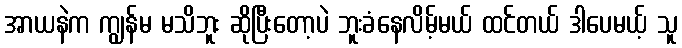
အာယနဲက ကျွန်မ မသိဘူး ဆိုပြီးတော့ပဲ ဘူးခံနေလိမ့်မယ် ထင်တယ် ဒါပေမယ့် သူ